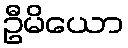
ဦမိယော